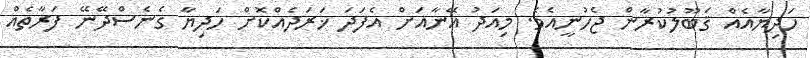
ހަދިޔާއެއް ޤަބޫލުކުރާން ޖެހުނީއެވެ. މިއަދު އޭނާއަށް އެފަދަ ޚަރަދެއްކޮށް ހަދިޔާ ގެނެސްދޭނޭ ފަރާތެއް